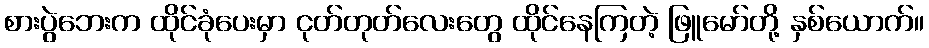
စားပွဲဘေးက ထိုင်ခုံပေးမှာ ငုတ်တုတ်လေးတွေ ထိုင်နေကြတဲ့ ဖြူမော်တို့ နှစ်ယောက်။